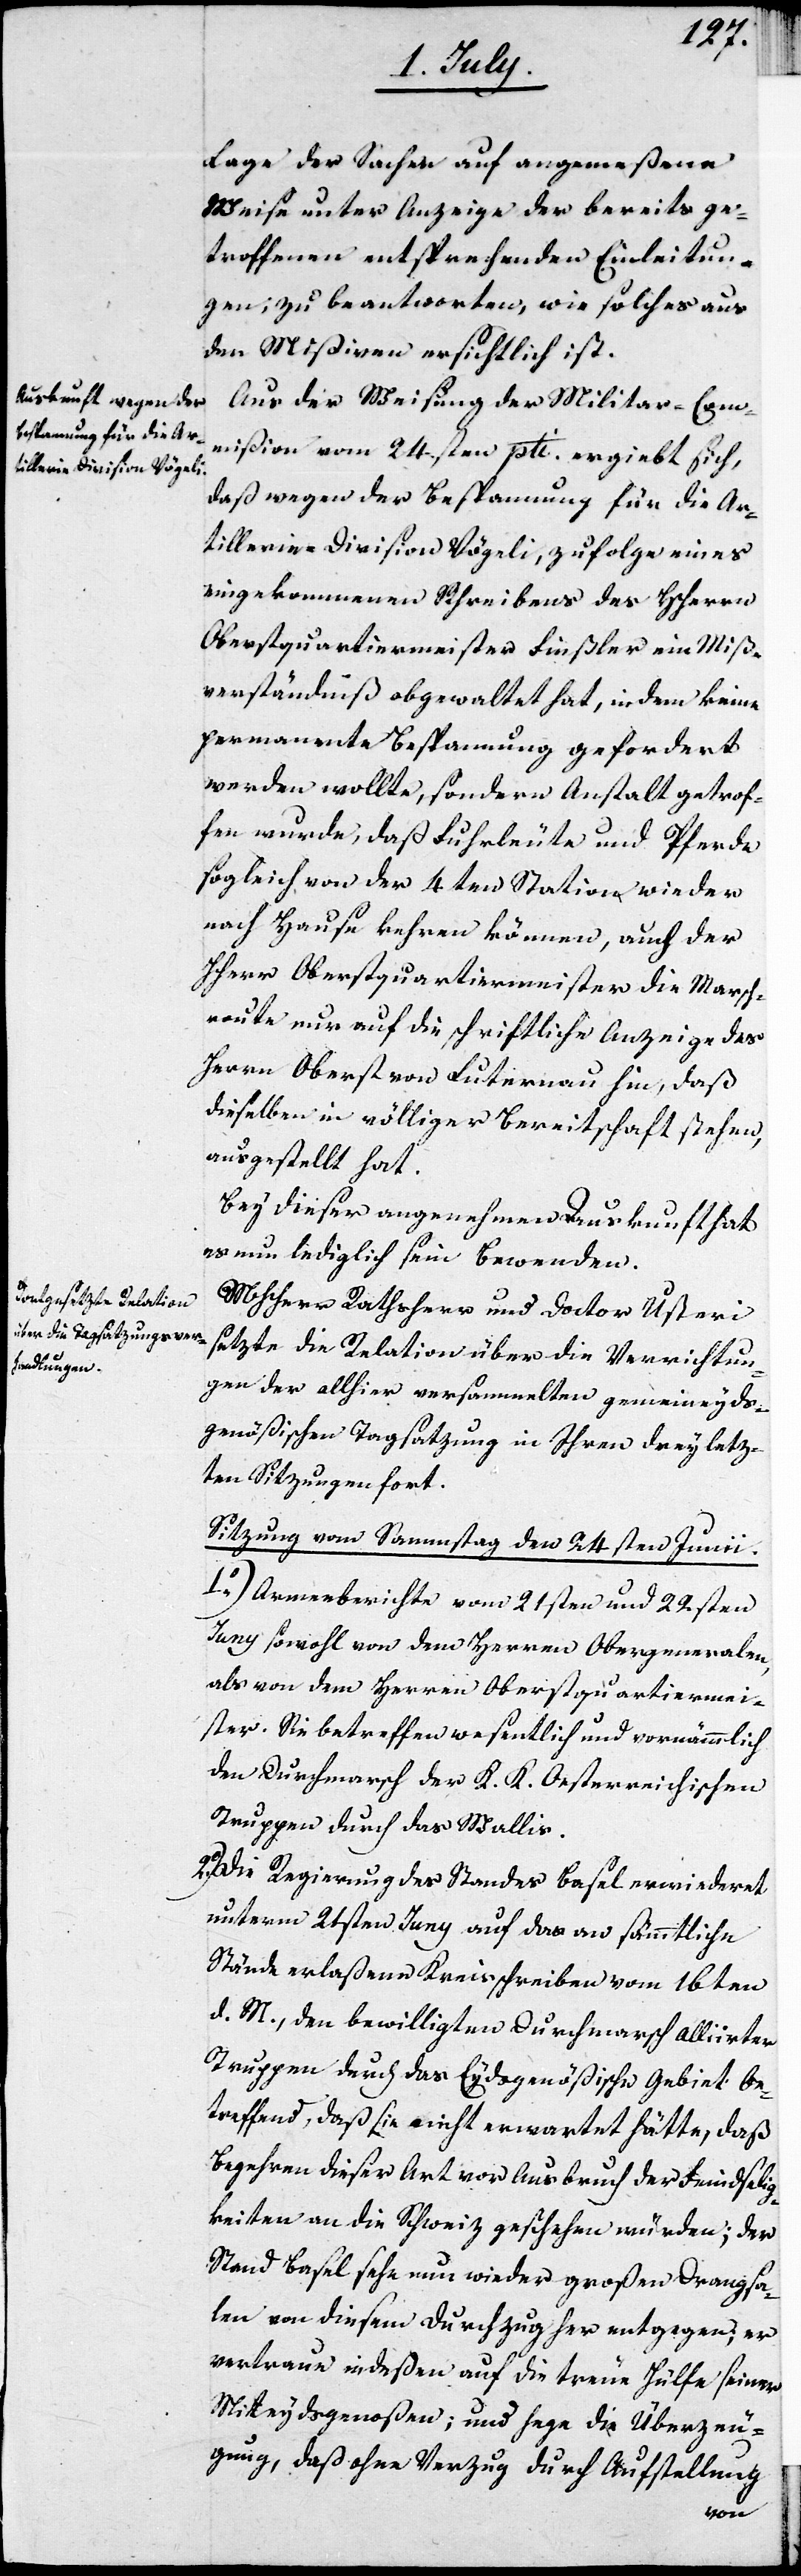
Lage der Sachen auf angemeßene
Weise unter Anzeige der bereits ge¬
troffenen entsprechenden Einleitun¬
gen, zu beantworten, wie solches aus
den Mißiven ersichtlich ist.
Aus der Weisung der Militar-Com¬
mißion vom 24.sten pti. ergiebt sich,
daß wegen der Bespannung für die Ar¬
tillerie-Division Vögeli, zufolge eines
eingekommenen Schreibens des HHerrn
Oberstquartiermeisters Finsler ein Miß¬
verständniß obgewaltet hat, in dem keine
permanente Bespannung gefordert
werden wollte, sondern Anstalt getrof¬
fen wurde, daß Fuhrleute und Pferde
sogleich von der 4ten Station wieder
nach Hause kehren können, auch der
HHerr Oberstquartiermeister die Marsch¬
route nur auf die schriftliche Anzeige des
Herrn Oberst von Luternau hin, daß
dieselben in völliger Bereitschaft stehen,
ausgestellt hat.
Bey dieser angenehmen Auskunft hat
es nun lediglich sein Bewenden.
MHHerr Rathsherr und Doctor Usteri
setzte die Relation über die Verrichtun¬
gen der allhier versammelten gemeineyds¬
genößischen Tagsatzung in Ihren drey letz¬
ten Sitzungen fort.
Sitzung vom Sammstag den 24sten Junii.
1o) Armeeberichte vom 21sten und 22sten
Juny sowohl von dem Herren Obergeneralen,
als von dem Herren Oberstquartiermei¬
ster. Sie betreffen wesentlich und vornämmlich
den Durchmarsch der K. K. Oesterreichischen
Truppen durch das Wallis.
Die Regierung des Standes Basel erwiederet
unterm 24sten Juny auf das an sämmtliche
Stände erlaßene Kreisschreiben vom 16ten
d. M., den bewilligten Durchmarsch Alliirter
Truppen durch das Eydsgenößische Gebiet be¬
treffend, daß sie nicht erwartet hätte, daß
Begehren dieser Art vor Ausbruch der Feindselig¬
keiten an die Schweiz geschehen würden; der
Stand Basel sehe nun wieder großen Drangsa¬
len von diesem Durchzug her entgegen; er
vertraue indeßen auf die treue Hülfe seiner
Miteydsgenoßen; und hege die Überzeu¬
gung, daß ohne Verzug durch Aufstellung